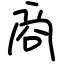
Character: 商